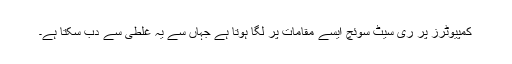
کمپیوٹرز پر ری سیٹ سوئچ ایسے مقامات پر لگا ہوتا ہے جہاں سے یہ غلطی سے دب سکتا ہے۔